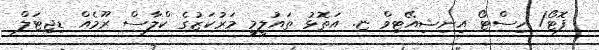
ފޮޓޯ/ ހިސްޓޯ އިނިޝިއޭޓިވް ޏ. އަތޮޅު ތައުލީމީ މަރުކަޒުގެ ކްލާސް ރޫމެއް ޑިޖިޓަލް